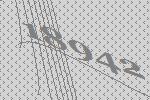
18942